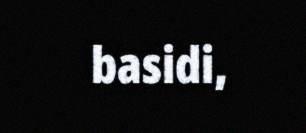
basidi,